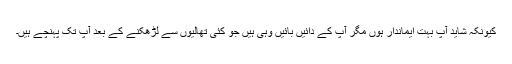
کیونکہ شاید آپ بہت ایماندار ہوں مگر آپ کے دائیں بائیں وہی ہیں جو کئی تھالیوں سے لڑھکنے کے بعد آپ تک پہنچے ہیں۔